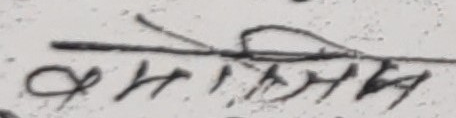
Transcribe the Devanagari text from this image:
अममिलन